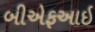
બીએફઆઇ